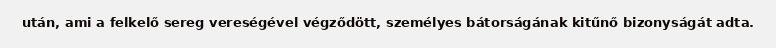
után, ami a felkelő sereg vereségével végződött, személyes bátorságának kitűnő bizonyságát adta.